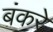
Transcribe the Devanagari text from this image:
बंकरे